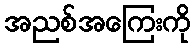
အညစ်အကြေးကို